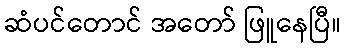
ဆံပင်တောင် အတော် ဖြူနေပြီ။